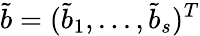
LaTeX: \tilde{b}=(\tilde{b}_{1},...,\tilde{b}_{s})^{T}